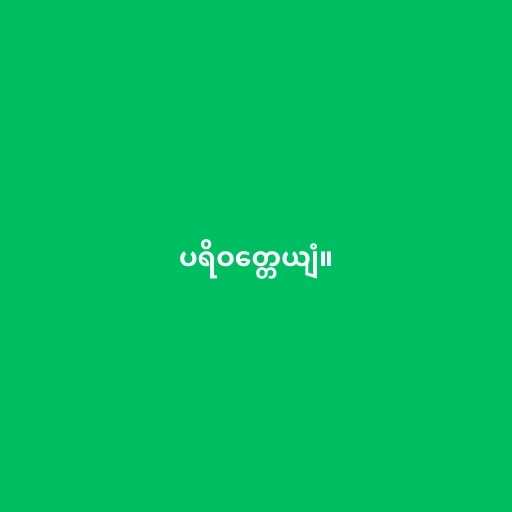
ပရိဝတ္တေယျံ။